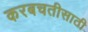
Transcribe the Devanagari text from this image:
करबचतीसाठी